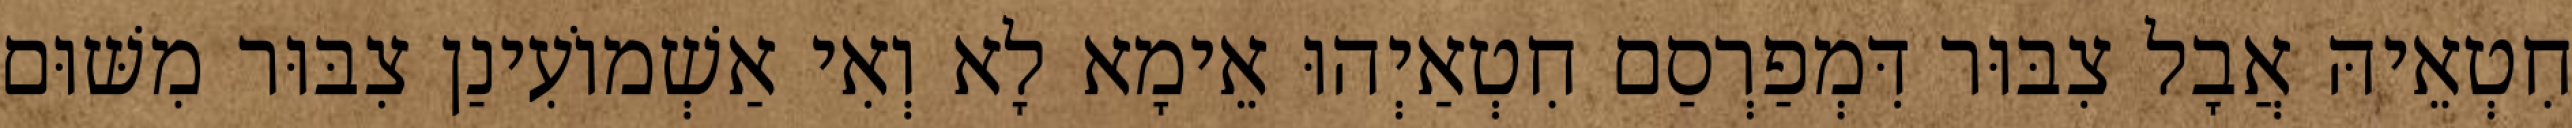
חִטְאֵיהּ אֲבָל צִבּוּר דִּמְפַרְסַם חִטְאַיְהוּ אֵימָא לָא וְאִי אַשְׁמוֹעִינַן צִבּוּר מִשּׁוּם